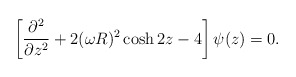
\begin{align*}\left[ {\partial^2 \over \partial z^2} + 2 (\omega R)^2 \cosh 2z - 4 \right] \psi(z) = 0.\end{align*}